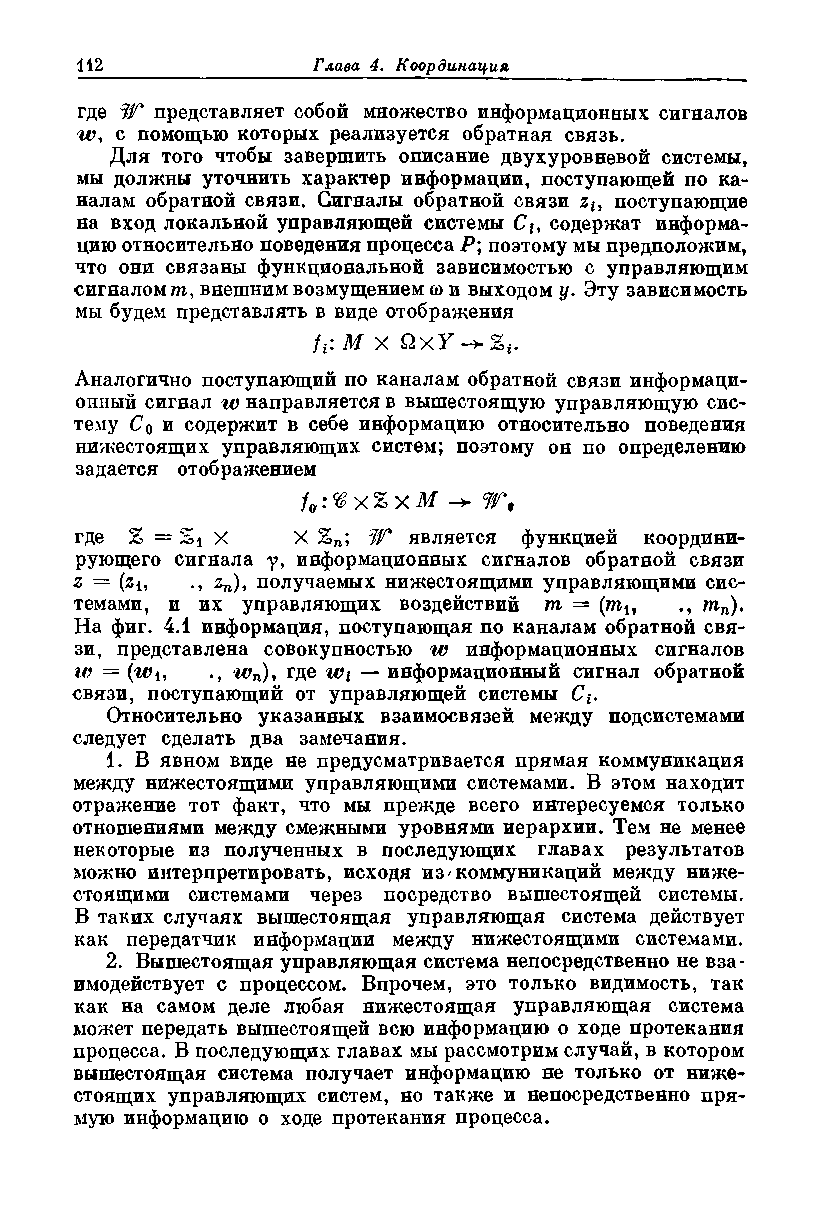
где W представляет собой множество информационных сигналов
 w , с помощью которых реализуется обратная связь.
 Для того чтобы завершить описание двухуровневой системы,
 мы должны уточнить характер информации, поступающей по ка­
 налам обратной связи. Сигналы обратной связи zu поступающие
 на вход локальной управляющей системы С-ъ, содержат информа­
 цию относительно поведения процесса Р\ поэтому мы предположим,
 что они связаны функциональной зависимостью с управляющим
 сигналом т, внешним возмущением со и выходом у. Эту зависимость
 мы будем представлять в виде отображения
 М X QxY -+Zt.
 Аналогично поступающий по каналам обратной связи информаци­
 онный сигнал w направляется в вышестоящую управляющую сис­
 тему С о и содержит в себе информацию относительно поведения
 нижестоящих управляющих систем; поэтому он по определению
 задается отображением
 f0:%X%xM    5Г.
 где % = Si X  X %п; W является функцией координи­
 рующего сигнала у, информационных сигналов обратной связи
 z — (z4, zn), получаемых нижестоящими управляющими сис­
 темами, и их управляющих воздействий т = (ти ., тп).
 На фиг. 4.1 информация, поступающая по каналам обратной свя­
 зи, представлена совокупностью w информационных сигналов
 w = (г0ь ., wn), где w t — информационный сигнал обратной
 связи, поступающий от управляющей системы Сь.
 Относительно указанных взаимосвязей между подсистемами
 следует сделать два замечания.
 1. В явном виде не предусматривается прямая коммуникация
 между нижестоящими управляющими системами. В этом находит
 отражение тот факт, что мы прежде всего интересуемся только
 отношениями между смежными уровнями иерархии. Тем не менее
 некоторые из полученных в последующих главах результатов
 можно интерпретировать, исходя из /коммуникаций между ниже­
 стоящими системами через посредство вышестоящей системы.
 В таких случаях вышестоящая управляющая система действует
 как передатчик информации между нижестоящими системами.
 2. Вышестоящая управляющая система непосредственно не вза­
 имодействует с процессом. Впрочем, это только видимость, так
 как на самом деле любая нижестоящая управляющая система
 может передать вышестоящей всю информацию о ходе протекания
 процесса. В последующих главах мы рассмотрим случай, в котором
 вышестоящая система получает информацию не только от ниже­
 стоящих управляющих систем, но также и непосредственно пря­
 мую информацию о ходе протекания процесса.